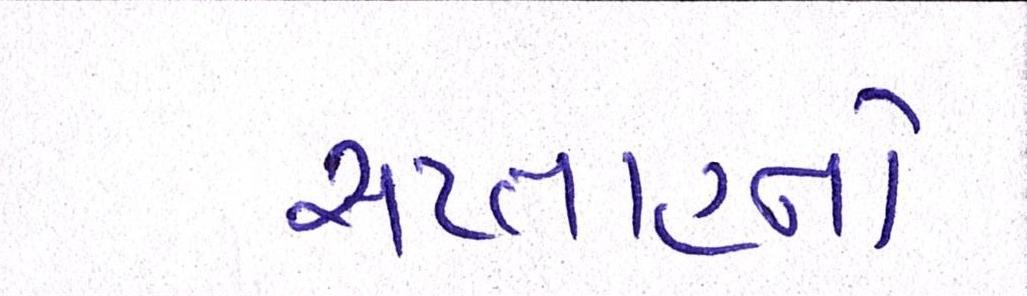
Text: સપ્તાહનો